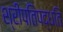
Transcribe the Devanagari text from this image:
श्रीपतिपद्धति